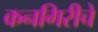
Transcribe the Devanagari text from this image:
कनगिरीचे